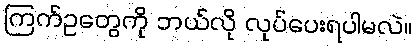
ကြက်ဥတွေကို ဘယ်လို လုပ်ပေးရပါမလဲ။